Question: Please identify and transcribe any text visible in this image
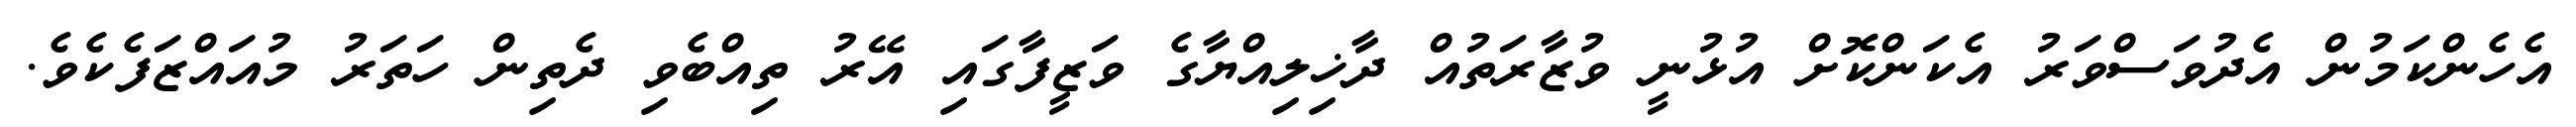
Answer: އެހެންކަމުން އެދުވަސްވަރު އެކަންކޮށް އުޅުނީ ވުޒާރަތުއް ދާޚިލިއްޔާގެ ވަޒީފާގައި އޭރު ތިއްބެވި ދެތިން ހަތަރު މުއައްޒަފެކެވެ.